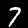
Label: 7